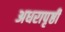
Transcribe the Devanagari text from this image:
अधरापृष्ठी